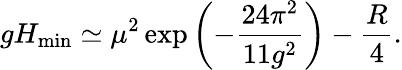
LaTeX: gH_{\mathrm{min}}\simeq\mu^{2}\exp\left(-{\frac{24\pi^{2}}{11g^{2}}}\right)-{\frac{R}{4}}.